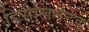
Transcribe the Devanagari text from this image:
डिसेलिनेटेड